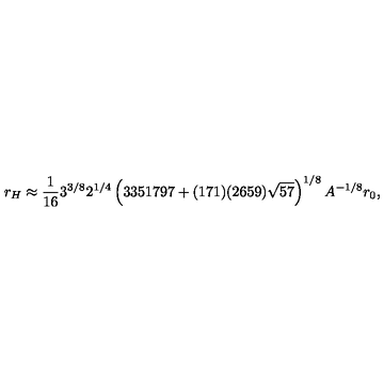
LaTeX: r _ { H } \approx \frac { 1 } { 1 6 } 3 ^ { 3 / 8 } 2 ^ { 1 / 4 } \left( 3 3 5 1 7 9 7 + ( 1 7 1 ) ( 2 6 5 9 ) \sqrt { 5 7 } \right) ^ { 1 / 8 } A ^ { - 1 / 8 } r _ { 0 } ,